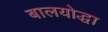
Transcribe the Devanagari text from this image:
बालयोद्धा